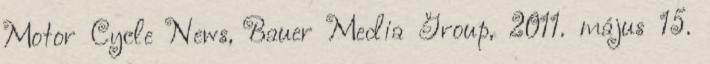
Motor Cycle News, Bauer Media Group, 2011. május 15.